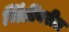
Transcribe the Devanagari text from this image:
भिंतींवरील